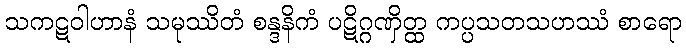
သကဋဝါဟာနံ သမုဿိတံ စန္ဒနိကံ ပဋိဂ္ဂဏှိတ္ထ ကပ္ပသတသဟဿံ စာရော